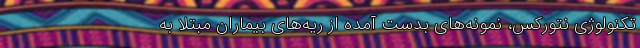
تکنولوژی نتورکس، نمونه‌های بدست آمده از ریه‌های بیماران مبتلا به